Civil Veterinary Department Bihar reports 1936-40 - 1936-1940
Year: 1936
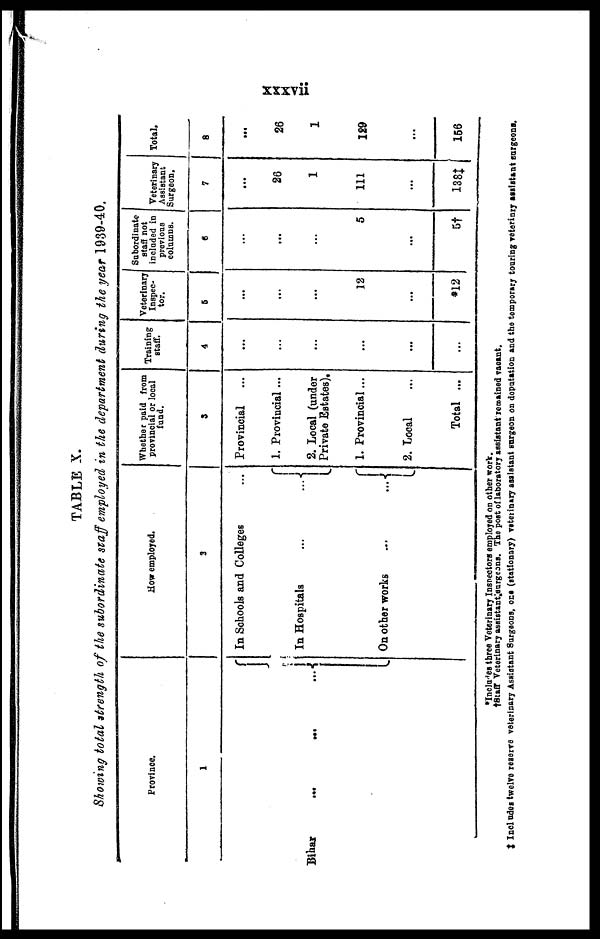
xxxvii
TABLE X.
Showing total strength of the subordinate staff employed in the department during the year 1939-40.
Province.
1
Bihar ... ... ...
How employed.
2
In Schools and Colleges
...
In Hospitals ...
On other works ...
Whether paid from
provincial or local
fund.
3
Provincial
1. Provincial ...
2. Local (under
Private Estates).
1. Provincial...
2. Local
Total ...
Training
staff.
4
...
...
...
...
...
...
Veterinary
Inspec-
tor.
5
...
...
...
12
...
*12
Subordinate
staff not
included in
previous
columns.
6
...
...
...
5
...
5†
Veterinary
Assistant
Surgeon.
7
...
26
1
111
...
188‡
Total.
8
...
26
1
129
...
156
*Includes three Veterinary Inspectors employed on other wort.
†Staff Veterinary assistant surgeons. The post of laboratory assistant remained vacant.
‡ Includes twelve reserve veterinary Assistant Surgeons, one (stationary) veterinary assistant surgeon on deputation and the temporary touring veterinry assistant surgeons.